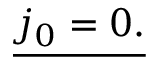
\underline { { j _ { 0 } = 0 . } }